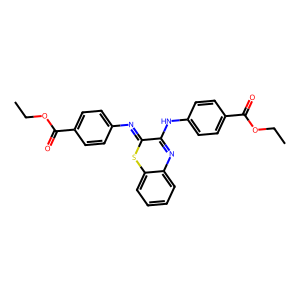
SMILES: CCOC(=O)c1ccc(N=c2sc3ccccc3nc2Nc2ccc(C(=O)OCC)cc2)cc1
Inhibits HIV replication: No